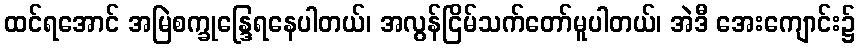
ထင်ရအောင် အမြဲစက္ခုန္ဒြေရနေပါတယ်၊ အလွန်ငြိမ်သက်တော်မူပါတယ်၊ အဲဒီ အေးကျောင်း၌